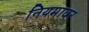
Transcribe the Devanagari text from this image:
नियमावर